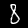
Digit: 8